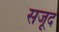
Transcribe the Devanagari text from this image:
सजूद